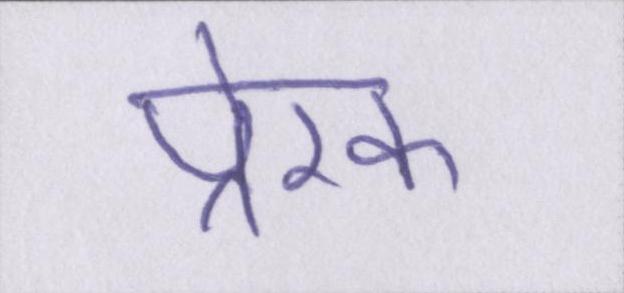
प्रेरक